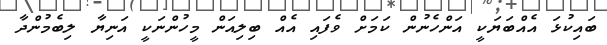
ބައިކުޅަ އެއްބަޔަކީ އަންހެނުން ކަމަށް ވެފައި އެއް ބިލިއަން މީހުންނަކީ އަނިޔާ ލިބެމުންދާ